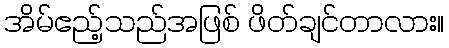
အိမ်ဧည့်သည်အဖြစ် ဖိတ်ချင်တာလား။